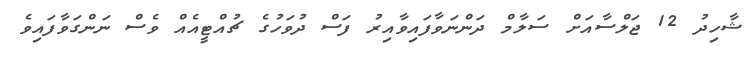
ޝާހިދު 12 ޖަލްސާއަށް ސަލާމް ދަންނަވާފައިވާއިރު ފަސް ދުވަހުގެ ޗުއްޓީއެއް ވެސް ނަންގަވާފައިވެ